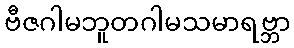
ဗီဇဂါမဘူတဂါမသမာရဗ္ဘာ